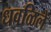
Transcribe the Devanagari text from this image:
धवळिलें